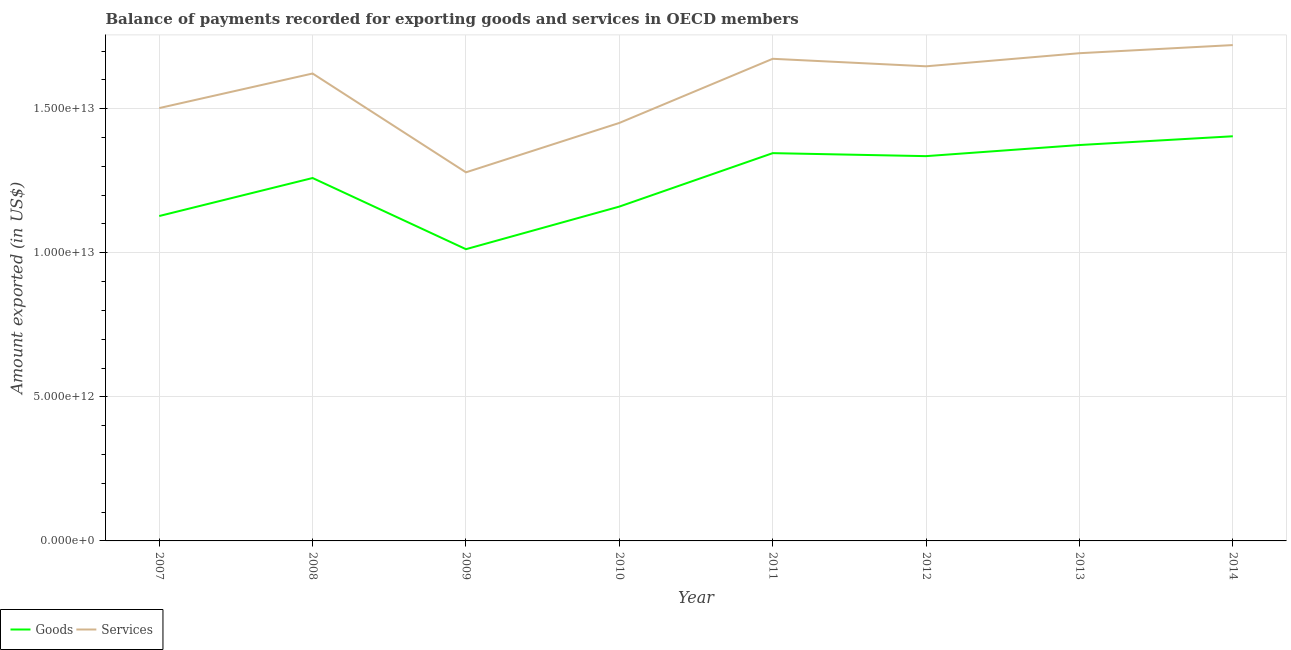
| Year | Goods | Services |
 | --- | --- | --- |
 | 2007 | 1.13e+13 | 1.5e+13 |
 | 2008 | 1.26e+13 | 1.62e+13 |
 | 2009 | 1.01e+13 | 1.28e+13 |
 | 2010 | 1.16e+13 | 1.45e+13 |
 | 2011 | 1.35e+13 | 1.67e+13 |
 | 2012 | 1.34e+13 | 1.65e+13 |
 | 2013 | 1.37e+13 | 1.69e+13 |
 | 2014 | 1.4e+13 | 1.72e+13 |